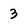
Character: 3